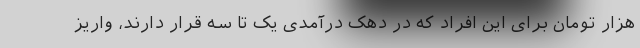
هزار تومان برای این افراد که در دهک درآمدی یک تا سه قرار دارند، واریز